Report on horse surra - Volume I
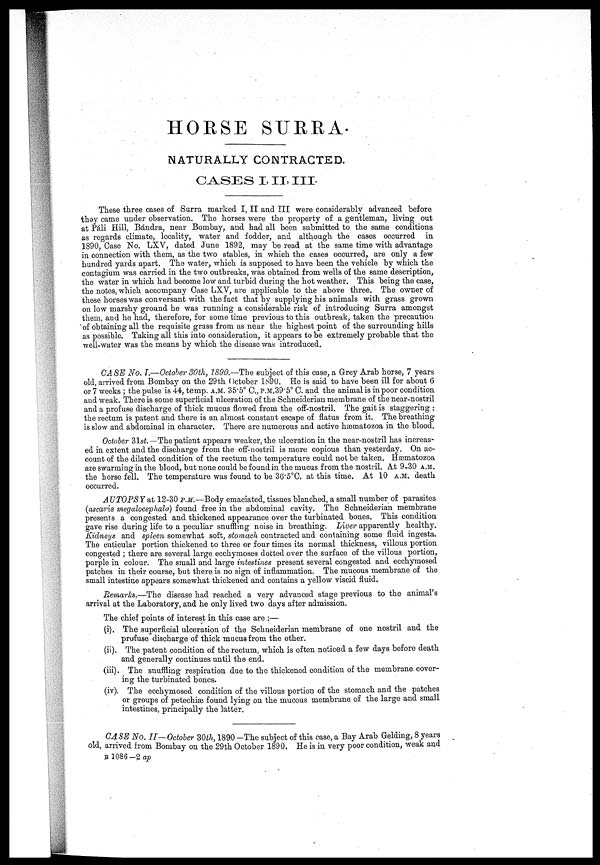
HORSE SURRA.
NATURALLY CONTRACTED.
CASES
I,II,III.
These three cases of Surra marked I, II and III were considerably advanced before
they came under observation. The horses were the property of a gentleman, living out
at Pali Hill, Bándra, near Bombay, and had all been submitted to the same conditions
as regards climate, locality, water and fodder, and although the cases occurred in
1890, Case No. LXV, dated June 1892, may be read at the same time with advantage
in connection with them, as the two stables, in which the cases occurred, are only a few
hundred yards apart. The water, which is supposed to have been the vehicle by which the
contagium was carried in the two outbreaks, was obtained from wells of the same description,
the water in which had become low and turbid during the hot weather. This being the case,
the notes, which accompany Case LXV, are applicable to the above three. The owner of
these horses was conversant with the fact that by supplying his animals with grass grown
on low marshy ground he was running a considerable risk of introducing Surra amongst
them, and he had, therefore, for sometime previous to this outbreak, taken the precaution
of obtaining all the requisite grass from as near the highest point of the surrounding hills
as possible. Taking all this into consideration, it appears to be extremely probable that the
well-water was the means by which the disease was introduced.
CASE No. I.—October 30th, 1890.—The subject of this case, a Grey Arab horse, 7 years
old, arrived from Bombay on the 29th October 1890. He is said to have been ill for about 6
or 7 weeks ; the pulse is 44, temp. A.M. 35.5° C., P.M.39.5° C. and the animal is in poor condition
and weak. There is some superficial ulceration of the Schneiderian membrane of the near-nostril
and a profuse discharge of thick mucus flowed from the off-nostril. The gait is staggering :
the rectum is patent and there is an almost constant escape of flatus from it. The breathing-
is slow and abdominal in character. There are numerous and active hæmatozoa in the blood.
October 3lst.—The patient appears weaker, the ulceration in the near-nostril has increas-
ed in extent and the discharge from the off-nostril is more copious than yesterday. On ac-
count of the dilated condition of the rectum the temperature could not be taken. Hæmatozoa
are swarming in the blood, but none could be found in the mucus from the nostril. At 9-30 A.M.
the horse fell. The temperature was found to be 36.5 0 C. at this time. At 10 A.M. death
occurred.
AUTOPSY at 12-30 P.M.—Body emaciated, tissues blanched, a small number of parasites
(ascaris megalocephala) found free in the abdominal cavity. The Schneiderian membrane
presents a congested and thickened appearance over the turbinated bones. This condition
gave rise during life to a peculiar snuffling noise in breathing. Liver apparently healthy.
Kidneys and spleen somewhat soft, stomach contracted and containing some fluid ingesta.
The cuticular portion thickened to three or four times its normal thickness, villous portion
congested ; there are several large ecchymoses dotted over the surface of the villous portion,
purple in colour. The small and large intestines present several congested and ecchymosed
patches in their course, but there is no sign of inflammation, The mucous membrane of the
small intestine appears somewhat thickened and contains a yellow viscid fluid.
Remarks.—The disease had reached a very advanced stage previous to the animal's
arrival at the Laboratory, and he only lived two days after admission.
The chief points of interest in this case are :—
(i) The superficial ulceration of the Schneiderian membrane of one nostril and the
profuse discharge of thick mucus from the other.
(ii) The patent condition of the rectum, which is often noticed a few days before death
and generally continues until the end.
(iii) The snuffling respiration due to the thickened condition of the membrane cover-
ing the turbinated bones.
(iv) The ecchymosed condition of the villous portion of the stomach and the patches
or groups of petechiæ found lying on the mucous membrane of the large and small
intestines, principally the latter.
CASE No. II—October 3047., 1890 —The subject of this case, a Bay Arab Gelding, 8 years
old, arrived from Bombay on the 29th October 1890. He is in very poor condition, weak and
B 1086-2 ap